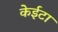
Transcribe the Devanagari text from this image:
केईटा